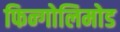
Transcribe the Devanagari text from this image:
फिन्गोलिमोड